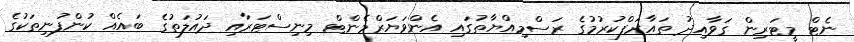
ނެޓް މީޓަރިން ގަވާއިދު ތައާރަފްކުރުމުގެ ރަސްމިއްޔާތުގައި އެންވަޔަރްމެންޓް މިނިސްޓަރާއި ދައުލަތުގެ ބައެއް ކުންފުނިތަކުގެ